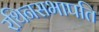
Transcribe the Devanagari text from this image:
रथिनसभापति